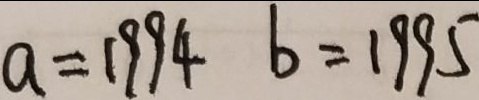
a = 1 9 9 4 b = 1 9 9 5